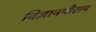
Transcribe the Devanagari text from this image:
विज्ञानमौसम